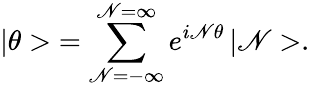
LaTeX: \left|\theta>\right.=\sum_{\mathscr{N}=-\infty}^{\mathscr{N}=\infty}e^{i\mathscr{N}\theta}\left|\mathscr{N}>\right..